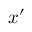
\ensuremath { \boldsymbol { x } } ^ { \prime }